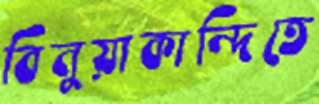
বিনুয়াকান্দিতে